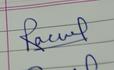
Signature authenticity: genuine